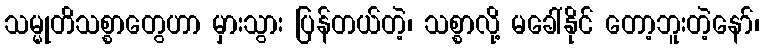
သမ္မုတိသစ္စာတွေဟာ မှားသွား ပြန်တယ်တဲ့၊ သစ္စာလို့ မခေါ်နိုင် တော့ဘူးတဲ့နော်၊